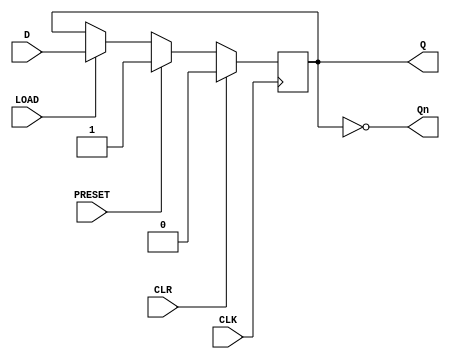
module d_flip_flop(
    input wire D,
    input wire CLK,
    input wire LOAD,
    input wire CLR,
    input wire PRESET,
    output reg Q,
    output reg Qn
);

always @(posedge CLK) begin
    if (CLR) begin
        Q <= 1'b0;
    end else if (PRESET) begin
        Q <= 1'b1;
    end else if (LOAD) begin
        Q <= D;
    end
end

assign Qn = ~Q;

endmodule